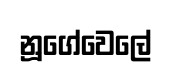
නූගේවෙලේ